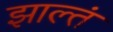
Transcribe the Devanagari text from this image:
झाल्तं